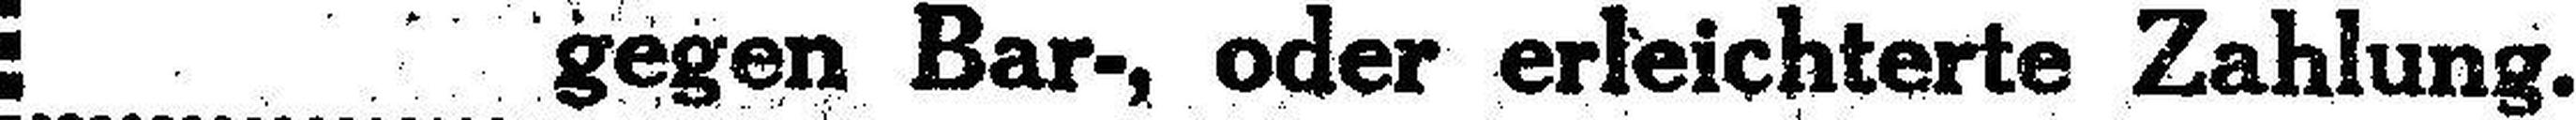
gegen Bar-, oder erleichterte Zahlung.